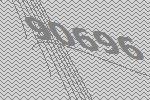
90696